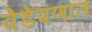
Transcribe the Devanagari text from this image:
वेडेपणात